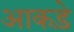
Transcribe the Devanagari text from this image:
आकडे़